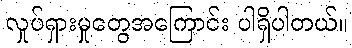
လှုပ်ရှားမှုတွေအကြောင်း ပါရှိပါတယ်။